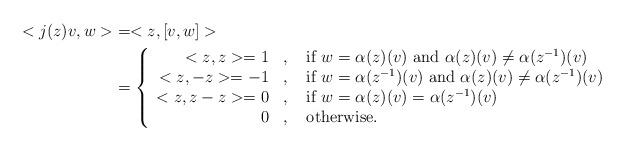
LaTeX: \begin{align*} <j(z)v,w> &= <z,[v,w]>\\&= \left\{ \begin{array}{rcl} <z,z>=1 &,& \mbox{ if } w=\alpha(z)(v) \mbox{ and } \alpha(z)(v) \neq \alpha(z^{-1})(v)\\<z,-z>=-1 &,& \mbox{ if } w=\alpha(z^{-1})(v) \mbox{ and } \alpha(z)(v) \neq \alpha(z^{-1})(v)\\<z,z-z>=0 &,& \mbox{ if } w= \alpha(z)(v) = \alpha(z^{-1})(v)\\0 &,& \mbox{ otherwise.} \end{array} \right. \end{align*}